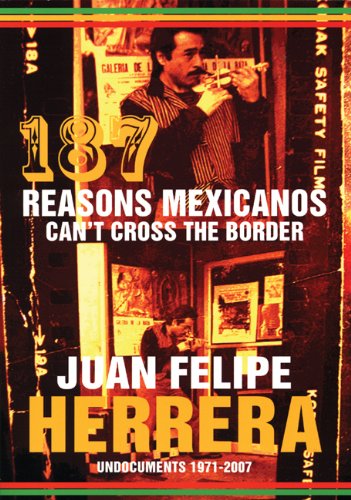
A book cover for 187 Reasons Mexicanos Can't Cross the Border: Undocuments 1971-2007; Juan Felipe Herrera; Literature & Fiction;